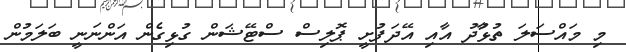
މި މައްސަލަ ތުޅާުދު އާއި އޭދަފުށީ ޕޮލިސް ސްޓޭޝަން ގުޅިގެން އަންނަނީ ބަލަމުން